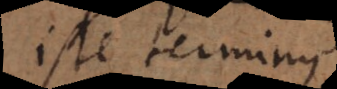
ipse terminus